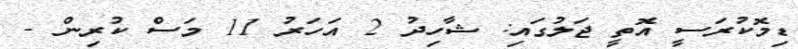
ޑިމޮކުރަސީ އޮތީ ޖަލުގައި: ޝާހިދު 2 އަހަރު 11 މަސް ކުރިން -